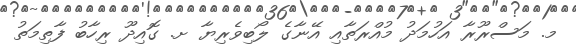
މ. މަސްރޫރާ އަހުމަދު މުއްރަތާއި އޭނާގެ ލޯބިވެރިޔާ ށ. ގޮއިދޫ ރިހާބު ފާތިމަތު